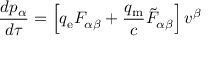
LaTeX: { \frac { d p _ { \alpha } } { d \tau } } = \left[ q _ { \mathrm { e } } F _ { \alpha \beta } + { \frac { q _ { \mathrm { m } } } { c } } { { \tilde { F } } _ { \alpha \beta } } \right] v ^ { \beta }